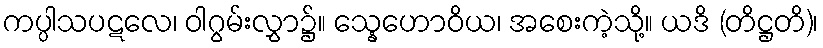
ကပ္ပါသပဋလေ၊ ဝါဂွမ်းလွှာ၌။ သ္နေဟောဝိယ၊ အစေးကဲ့သို့။ ယဒိ (တိဋ္ဌတိ)၊